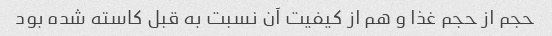
حجم از حجم غذا و هم از کیفیت آن نسبت به قبل کاسته شده بود